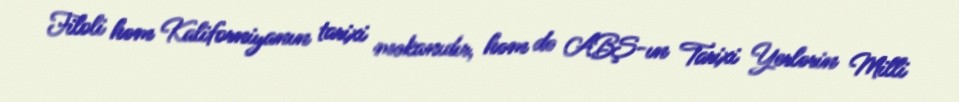
Filoli həm Kaliforniyanın tarixi məkanıdır, həm də ABŞ-ın Tarixi Yerlərin Milli